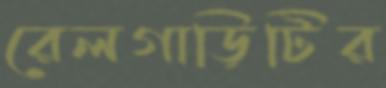
রেলগাড়িটির